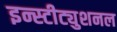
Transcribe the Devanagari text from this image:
इन्स्टीट्युशनल